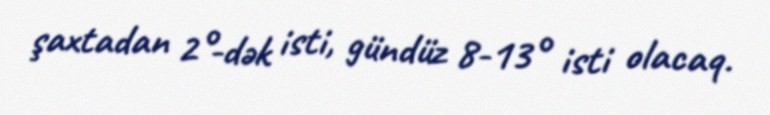
şaxtadan 2°-dək isti, gündüz 8-13° isti olacaq.